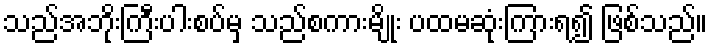
သည်အဘိုးကြီးပါးစပ်မှ သည်စကားမျိုး ပထမဆုံးကြားရ၍ ဖြစ်သည်။